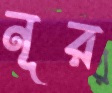
নূর